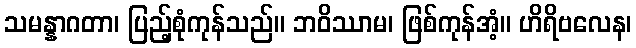
သမန္နာဂတာ၊ ပြည့်စုံကုန်သည်။ ဘဝိဿာမ၊ ဖြစ်ကုန်အံ့။ ဟိရိဗလေန၊